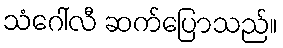
သံဂေါ်လီ ဆက်ပြောသည်။